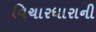
વિચારધારાની